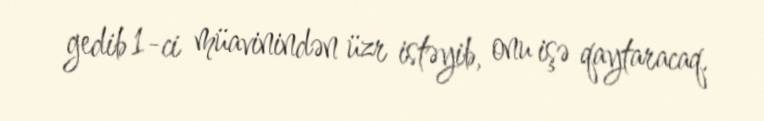
gedib 1-ci müavinindən üzr istəyib, onu işə qaytaracaq.